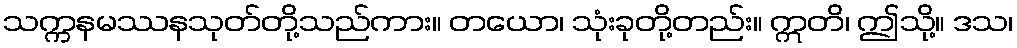
သက္ကနမဿနသုတ်တို့သည်ကား။ တယော၊ သုံးခုတို့တည်း။ ဣတိ၊ ဤသို့။ ဒသ၊